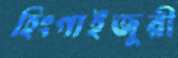
হিংগাইজুরী